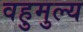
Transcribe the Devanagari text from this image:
वहुमुल्य